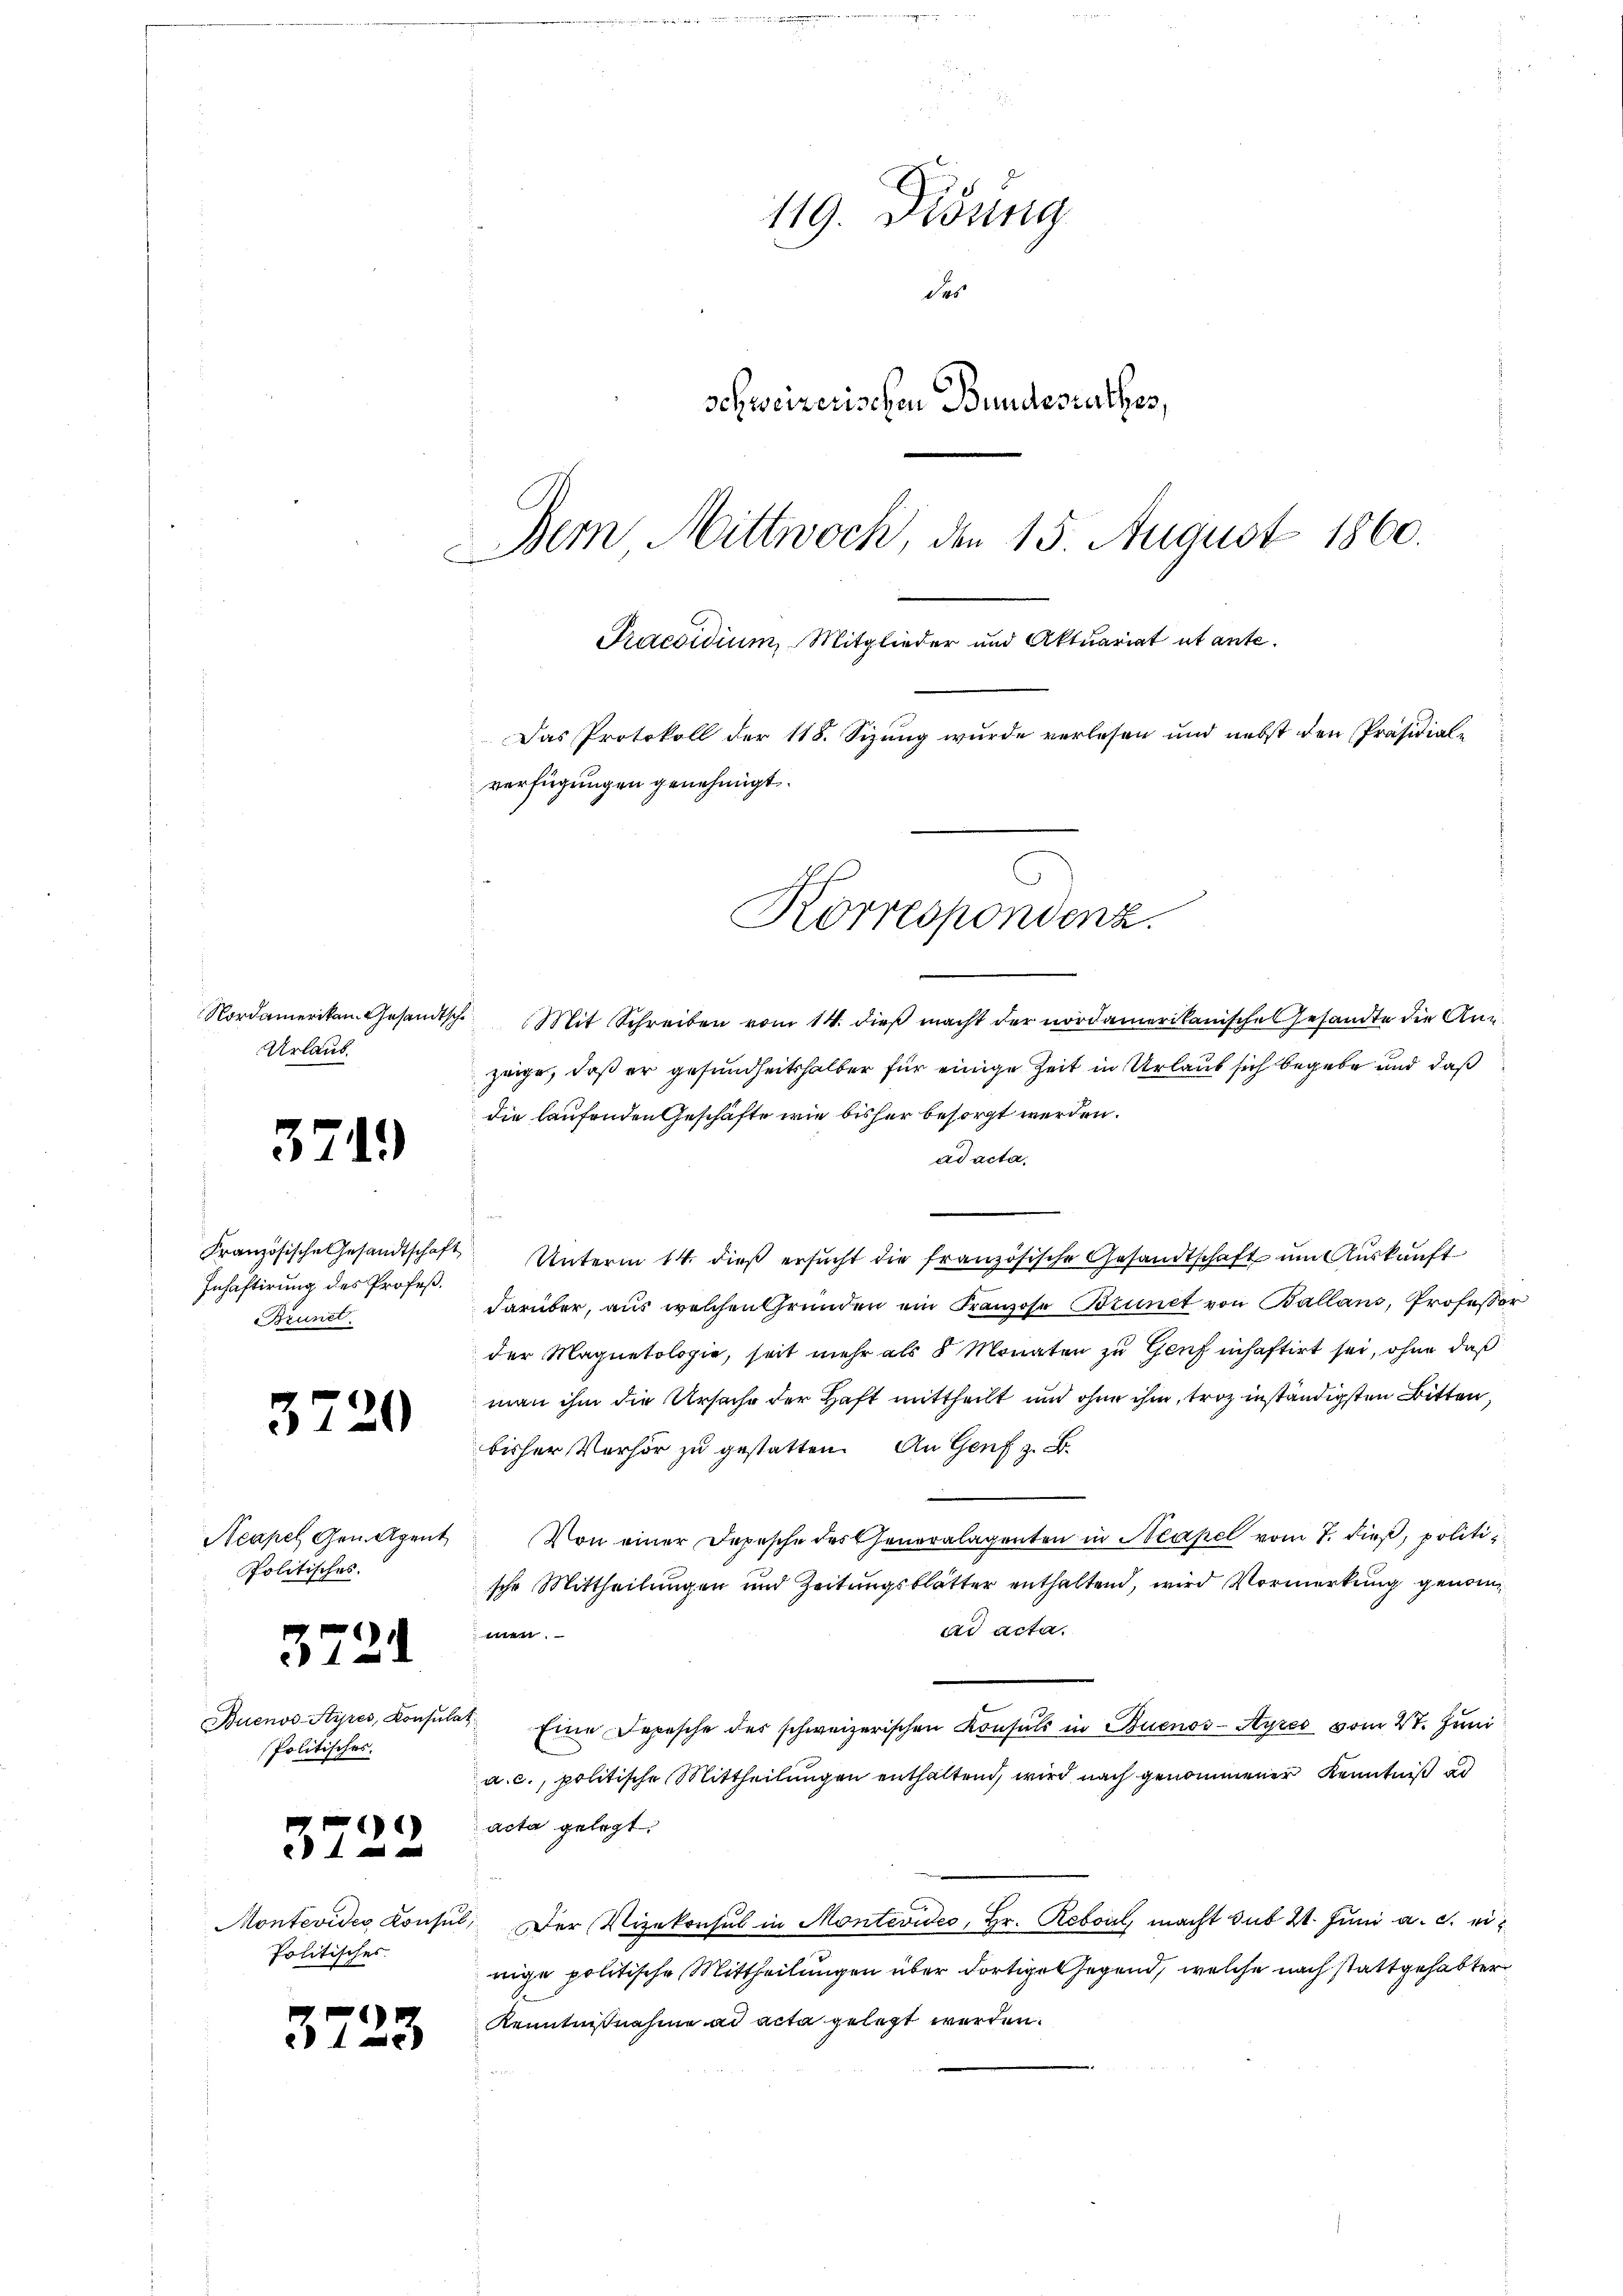
Urlaub.

371.

Inhaftirung des Profeß¬
Brunet

37

37

20

Politisches.

372

Buenos-Ayres, Konsul
Politisches.

)

Politisches.

3723

119. Didung
des
Schweizerischen Bundesrathes,
Dem Mittwoch, den 15. August 1860.
Praesidium, Mitglieder und Aktuariat ut ante.
Das Protokoll der 118. Sizung wurde verlesen und nebst den Präsidial-
verfügungen genehmigt.

Nordamerikan Gesandtsche Mit Schreiben vom 14. dieß macht der nordamerikanische Gesandte die Anzeige, daß er gesundheitshalber für einige Zeit in Urlaub sich begebe und daß
die laufenden Geschäfte wie bisher besorgt werden.
ad acta.
Französische Gesandtschaft Unterm 14. dieß ersucht die französische Gesandtschaft um Auskunft
darüber, aus welchen Gründen ein Franzose Brunct von Ballans, Professor
der Magnetologie, seit mehr als 8 Monaten zu Genf inhaftirt sei, ohne daß
man ihm die Ursache der Haft mittheilt und ohne ihm, trotz inständigsten Bitten,
bisher Verhör zu gestatten. An Genf z. B.
Neapel Gen. Agent. Von einer Depesche des Cheneralagenten in Neapel vom 7. dieß, politi
sche Mittheilungen und Zeitungsblätter enthaltend, wird Vormerkung genomad acta.
.
at Eine Depesche der schweizerischen Konsuls in Buenos-Ayres vom 27. Juni
a. c., politische Mittheilungen enthaltend, wird nach genommener Kenntniß ad
acta gelegt.
Montevides Konsul, Der Vizekonsul in Montevides, Hr. Reboul, macht sub 21. Juni a. c. einige politische Mittheilungen über dortige Gegend, welche nach stattgehabter
Kenntnißnahme ad acta gelegt werden.

Korrespondenz.